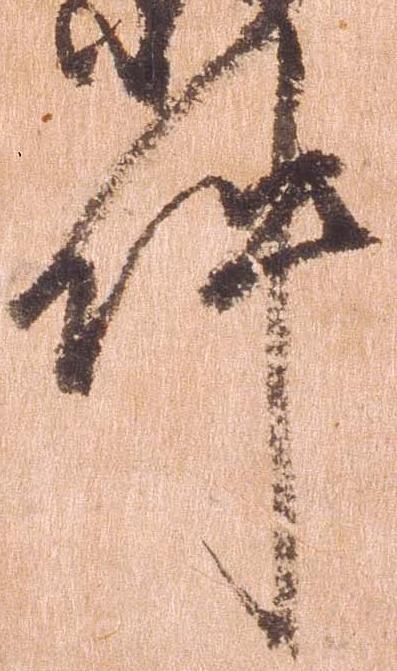
件